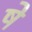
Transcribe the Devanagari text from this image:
षे